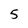
Character: 5